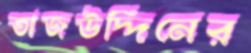
তাজউদ্দিনের